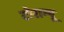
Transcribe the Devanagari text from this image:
टोराम्पू